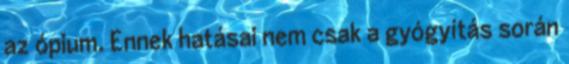
az ópium. Ennek hatásai nem csak a gyógyítás során